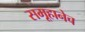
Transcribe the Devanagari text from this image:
समूहानेच